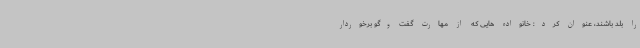
را بلد باشند، عنوان کرد: خانواده هایی که از مهارت گفت وگو برخوردار